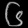
Digit: ၆